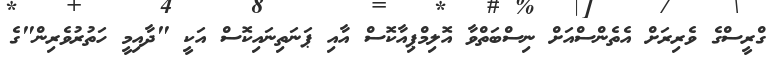
ގްރީސްގެ ވެރިރަށް އެތެންސްއަށް ނިސްބަތްވާ އޮލިމްޕިއާކޮސް އާއި ޕަނަތިނައިކޮސް އަކީ "ދާއިމީ ހަތުރުވެރިން"ގެ